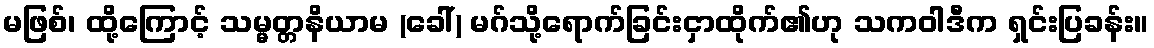
မဖြစ်၊ ထို့ကြောင့် သမ္မတ္တနိယာမ (ခေါ်) မဂ်သို့ရောက်ခြင်းငှာထိုက်၏ဟု သကဝါဒီက ရှင်းပြခန်း။